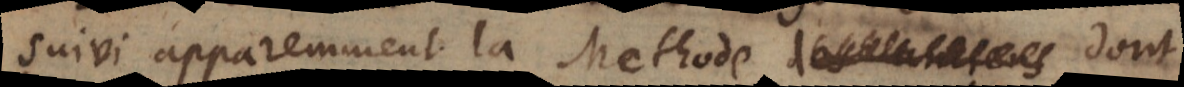
suivi apparemment la Methode des